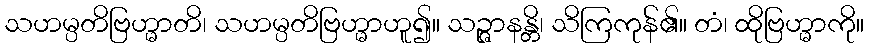
သဟမ္ပတိဗြဟ္မာတိ၊ သဟမ္ပတိဗြဟ္မာဟူ၍။ သဉ္ဇာနန္တိ၊ သိကြကုန်၏။ တံ၊ ထိုဗြဟ္မာကို။